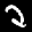
Label: 2